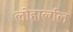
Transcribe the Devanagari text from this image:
लोहार्ल्गल